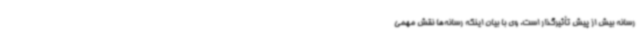
رسانه بیش از پیش تأثیرگذار است. وی با بیان اینکه رسانه‌ها نقش مهمی